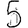
Digit: 5